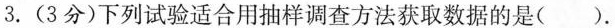
3.(3分)下列试验适合用抽样调查方法获取数据的是( ).